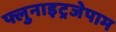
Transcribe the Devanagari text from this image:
फ्लुनाइट्रजेपाम